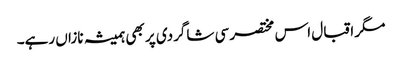
مگر اقبال اس مختصر سی شاگردی پر بھی ہمیشہ نازاں رہے۔